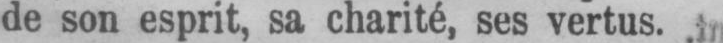
de son esprit, sa charité, ses vertus.